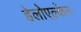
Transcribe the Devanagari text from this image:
हेलोएल्केन